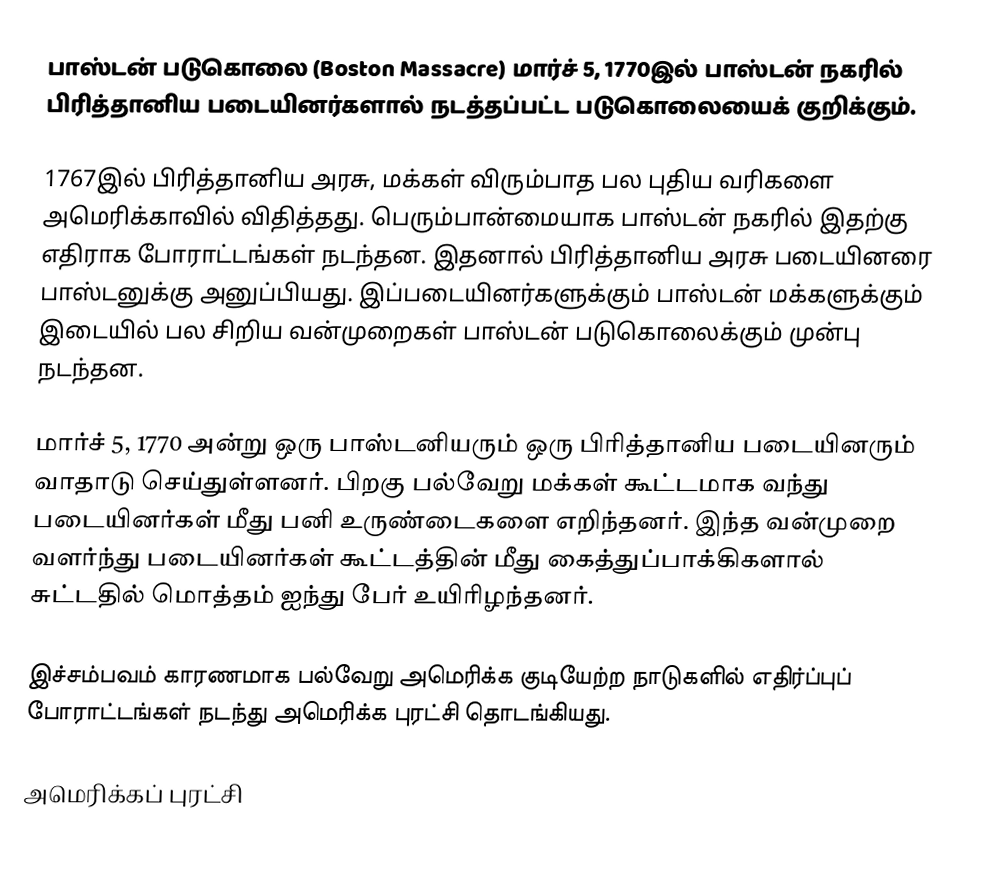
பாஸ்டன் படுகொலை (Boston Massacre) மார்ச் 5, 1770இல் பாஸ்டன் நகரில் பிரித்தானிய படையினர்களால் நடத்தப்பட்ட படுகொலையைக் குறிக்கும்.

1767இல் பிரித்தானிய அரசு, மக்கள் விரும்பாத பல புதிய வரிகளை அமெரிக்காவில் விதித்தது. பெரும்பான்மையாக பாஸ்டன் நகரில் இதற்கு எதிராக போராட்டங்கள் நடந்தன. இதனால் பிரித்தானிய அரசு படையினரை பாஸ்டனுக்கு அனுப்பியது. இப்படையினர்களுக்கும் பாஸ்டன் மக்களுக்கும் இடையில் பல சிறிய வன்முறைகள் பாஸ்டன் படுகொலைக்கும் முன்பு நடந்தன.

மார்ச் 5, 1770 அன்று ஒரு பாஸ்டனியரும் ஒரு பிரித்தானிய படையினரும் வாதாடு செய்துள்ளனர். பிறகு பல்வேறு மக்கள் கூட்டமாக வந்து படையினர்கள் மீது பனி உருண்டைகளை எறிந்தனர். இந்த வன்முறை வளர்ந்து படையினர்கள் கூட்டத்தின் மீது கைத்துப்பாக்கிகளால் சுட்டதில் மொத்தம் ஐந்து பேர் உயிரிழந்தனர்.

இச்சம்பவம் காரணமாக பல்வேறு அமெரிக்க குடியேற்ற நாடுகளில் எதிர்ப்புப் போராட்டங்கள் நடந்து அமெரிக்க புரட்சி தொடங்கியது.

அமெரிக்கப் புரட்சி